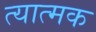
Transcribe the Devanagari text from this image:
त्यात्मक